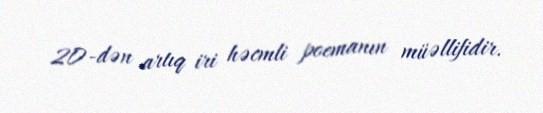
20-dən artıq iri həcmli poemanın müəllifidir.